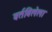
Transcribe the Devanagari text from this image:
वर्तविलेला